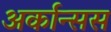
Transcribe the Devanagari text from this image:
अर्कान्सस